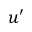
u ^ { \prime }